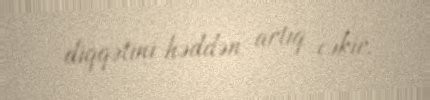
diqqətini həddən artıq çəkir.